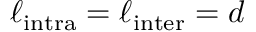
\ell _ { \mathrm { i n t r a } } = \ell _ { \mathrm { i n t e r } } = d